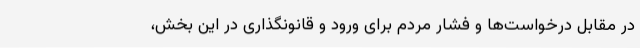
در مقابل درخواست‌ها و فشار مردم برای ورود و قانونگذاری در این بخش،